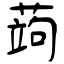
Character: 蒟